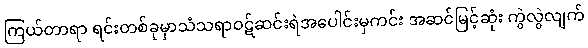
ကြယ်တာရာ ရင်းတစ်ခုမှာသံသရာဝဋ်ဆင်းရဲအပေါင်းမှကင်း အဆင်မြင့်ဆုံး ကွဲလွဲလျက်